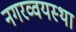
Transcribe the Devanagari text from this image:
नगरव्वयस्था